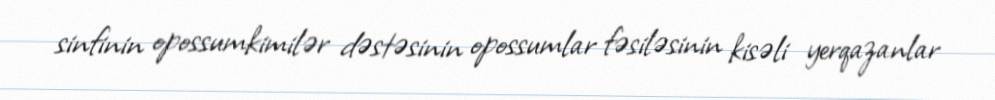
sinfinin opossumkimilər dəstəsinin opossumlar fəsiləsinin kisəli yerqazanlar